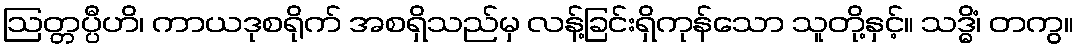
ဩတ္တပ္ပီဟိ၊ ကာယဒုစရိုက် အစရှိသည်မှ လန့်ခြင်းရှိကုန်သော သူတို့နှင့်။ သဒ္ဓိံ၊ တကွ။